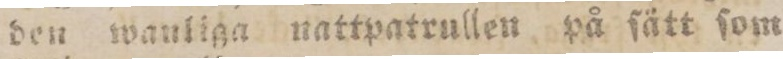
den wanliga nattpatrullen på ſätt ſom